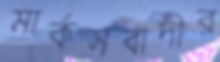
মার্কসবাদীর